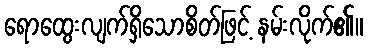
ရောထွေးလျက်ရှိသောစိတ်ဖြင့် နမ်းလိုက်၏။